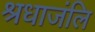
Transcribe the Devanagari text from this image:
श्रधाजंलि